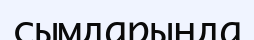
сымдарында